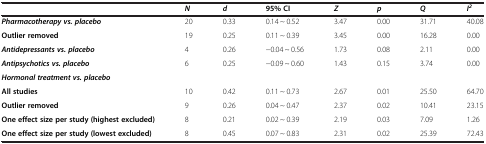
|  | N | d | 95% CI | Z | p | Q | I2 |
 | --- | --- | --- | --- | --- | --- | --- | --- |
 | Pharmacotherapy vs. placebo | 20 | 0.33 | 0.14 ~ 0.52 | 3.47 | 0.00 | 31.71 | 40.08 |
 | Outlier removed | 19 | 0.25 | 0.11 ~ 0.39 | 3.45 | 0.00 | 16.28 | 0.00 |
 | Antidepressants vs. placebo | 4 | 0.26 | −0.04 ~ 0.56 | 1.73 | 0.08 | 2.11 | 0.00 |
 | Antipsychotics vs. placebo | 6 | 0.25 | −0.09 ~ 0.60 | 1.43 | 0.15 | 3.74 | 0.00 |
 | Hormonal treatment vs. placebo |  |  |  |  |  |  |  |
 | All studies | 10 | 0.42 | 0.11 ~ 0.73 | 2.67 | 0.01 | 25.50 | 64.70 |
 | Outlier removed | 9 | 0.26 | 0.04 ~ 0.47 | 2.37 | 0.02 | 10.41 | 23.15 |
 | One effect size per study (highest excluded) | 8 | 0.21 | 0.02 ~ 0.39 | 2.19 | 0.03 | 7.09 | 1.26 |
 | One effect size per study (lowest excluded) | 8 | 0.45 | 0.07 ~ 0.83 | 2.31 | 0.02 | 25.39 | 72.43 |